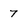
Character: 7